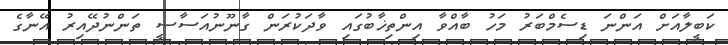
ކަބީލާއަށް އަންނަ ޑިސެމްބަރު މަހު ބާއްވާ އިންތިޚާބުގައި ވާދަކުރަން ގާނޫނުއަސާސީ ތަންނުދޭއިރު އޭނާގެ